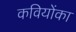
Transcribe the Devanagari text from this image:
कवियोंका